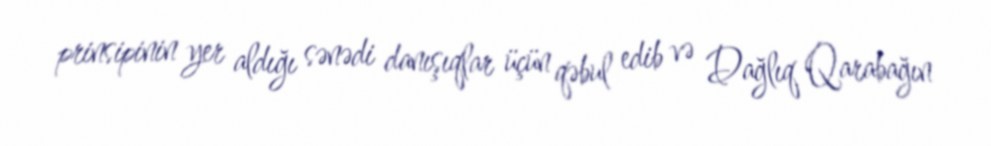
prinsipinin yer aldığı sənədi danışıqlar üçün qəbul edib və Dağlıq Qarabağın